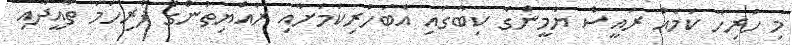
މި ހުރިހާ ކަމެއް ރައީސް ޔާމީންގެ ކިބާގައި އެބަހުރިކަަމަށާއި ރައްޔިތުންގެ ފުރިހަމަ ތާއީދާއި